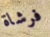
فرشاة